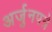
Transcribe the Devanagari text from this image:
अर्जुनपत्रे